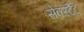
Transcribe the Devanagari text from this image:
सेक्स्टैंट